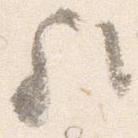
歟